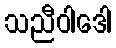
သညီဝါဒေါ